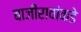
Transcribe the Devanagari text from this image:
बाजीरावांकडे